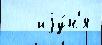
   иjу́н'я